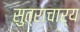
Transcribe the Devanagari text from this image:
सुत्राचार्य